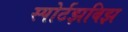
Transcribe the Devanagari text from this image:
स्पोर्टझबिझ